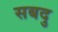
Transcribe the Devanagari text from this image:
सबदु